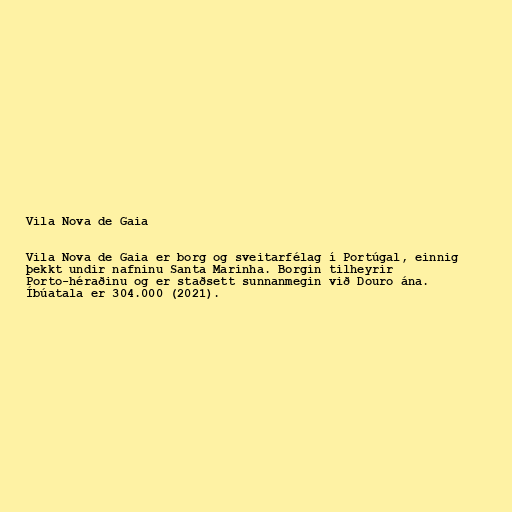
Vila Nova de Gaia

Vila Nova de Gaia er borg og sveitarfélag í Portúgal, einnig
þekkt undir nafninu Santa Marinha. Borgin tilheyrir
Porto-héraðinu og er staðsett sunnanmegin við Douro ána.
Íbúatala er 304.000 (2021).